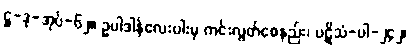
ဋ္ဌ-ဒု-အုပ်-၆၂။ ဥပါဒါန်လေးပါးမှ ကင်းလွတ်စေနည်း၊ ပဋိသံ-ပါ-၂၄၂၊